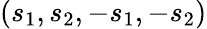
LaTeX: (s_{1},s_{2},-s_{1},-s_{2})